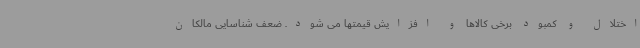
اختلال و کمبود برخی کالاها و افزایش قیمتها می شود. ضعف شناسایی مالکان